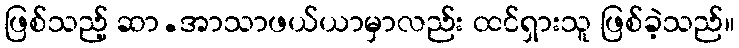
ဖြစ်သည့် ဆာ.အာသာဖယ်ယာမှာလည်း ထင်ရှားသူ ဖြစ်ခဲ့သည်။